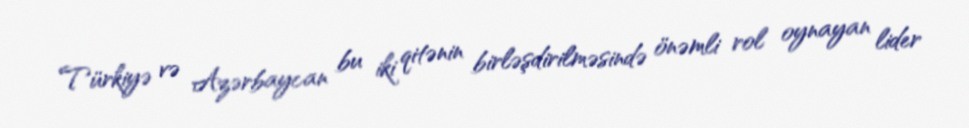
Türkiyə və Azərbaycan bu iki qitənin birləşdirilməsində önəmli rol oynayan lider